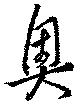
奥